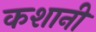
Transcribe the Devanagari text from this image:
कशानी